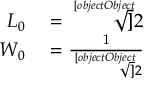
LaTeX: \begin{array} { r l } { L _ { 0 } } & { { } = { \sqrt [ [object Object] ] { 2 } } } \\ { W _ { 0 } } & { { } = { \frac { 1 } { \sqrt [ [object Object] ] { 2 } } } } \end{array}